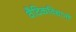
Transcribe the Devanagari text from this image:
वैदिकविधानीं